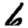
Digit: 6